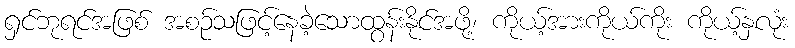
ရှင်ဘုရင်အဖြစ် အစဉ်သဖြင့်နေခဲ့သောထွန်းနိုင်အဖို့၊ ကိုယ့်အားကိုယ်ကိုး ကိုယ့်နှလုံး